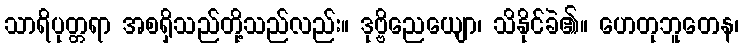
သာရိပုတ္တရာ အစရှိသည်တို့သည်လည်း။ ဒုဗ္ဗိညေယျော၊ သိနိုင်ခဲ၏။ ဟေတုဘူတေန၊